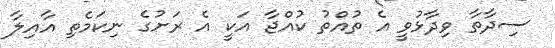
ސިދާތާ ވިދާޅުވީ އެ ތުއްތު ކުއްޖާ އަކީ އެ ރަށުގެ ނިކަމެތި އާއިލާ